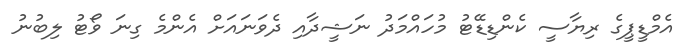
އެމްޑީޕީގެ ރިޔާސީ ކެންޑިޑޭޓު މުހައްމަދު ނަޝީދާއި ދެވަނައަށް އެންމެ ގިނަ ވޯޓު ލިބުނު